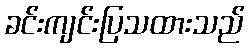
ခင်းကျင်းပြသထားသည်